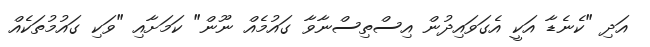
އަދި "ކެނެޑާ އަކީ އެގަވައިދުން އިސްތިސްނާވާ ގައުމެއް ނޫން" ކަމަށާއި "ވަކި ގައުމުތަކެއް